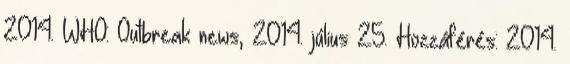
2014. WHO: Outbreak news, 2014. július 25. Hozzáférés: 2014.